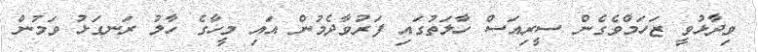
ވިދާޅުވީ ޒަހަމްވެގެން ސީރިއަސް ހާލަތުގައި ފަރުވާދެމުން އައި މީހާގެ ހާލު ރަނގަޅު ވަމުން